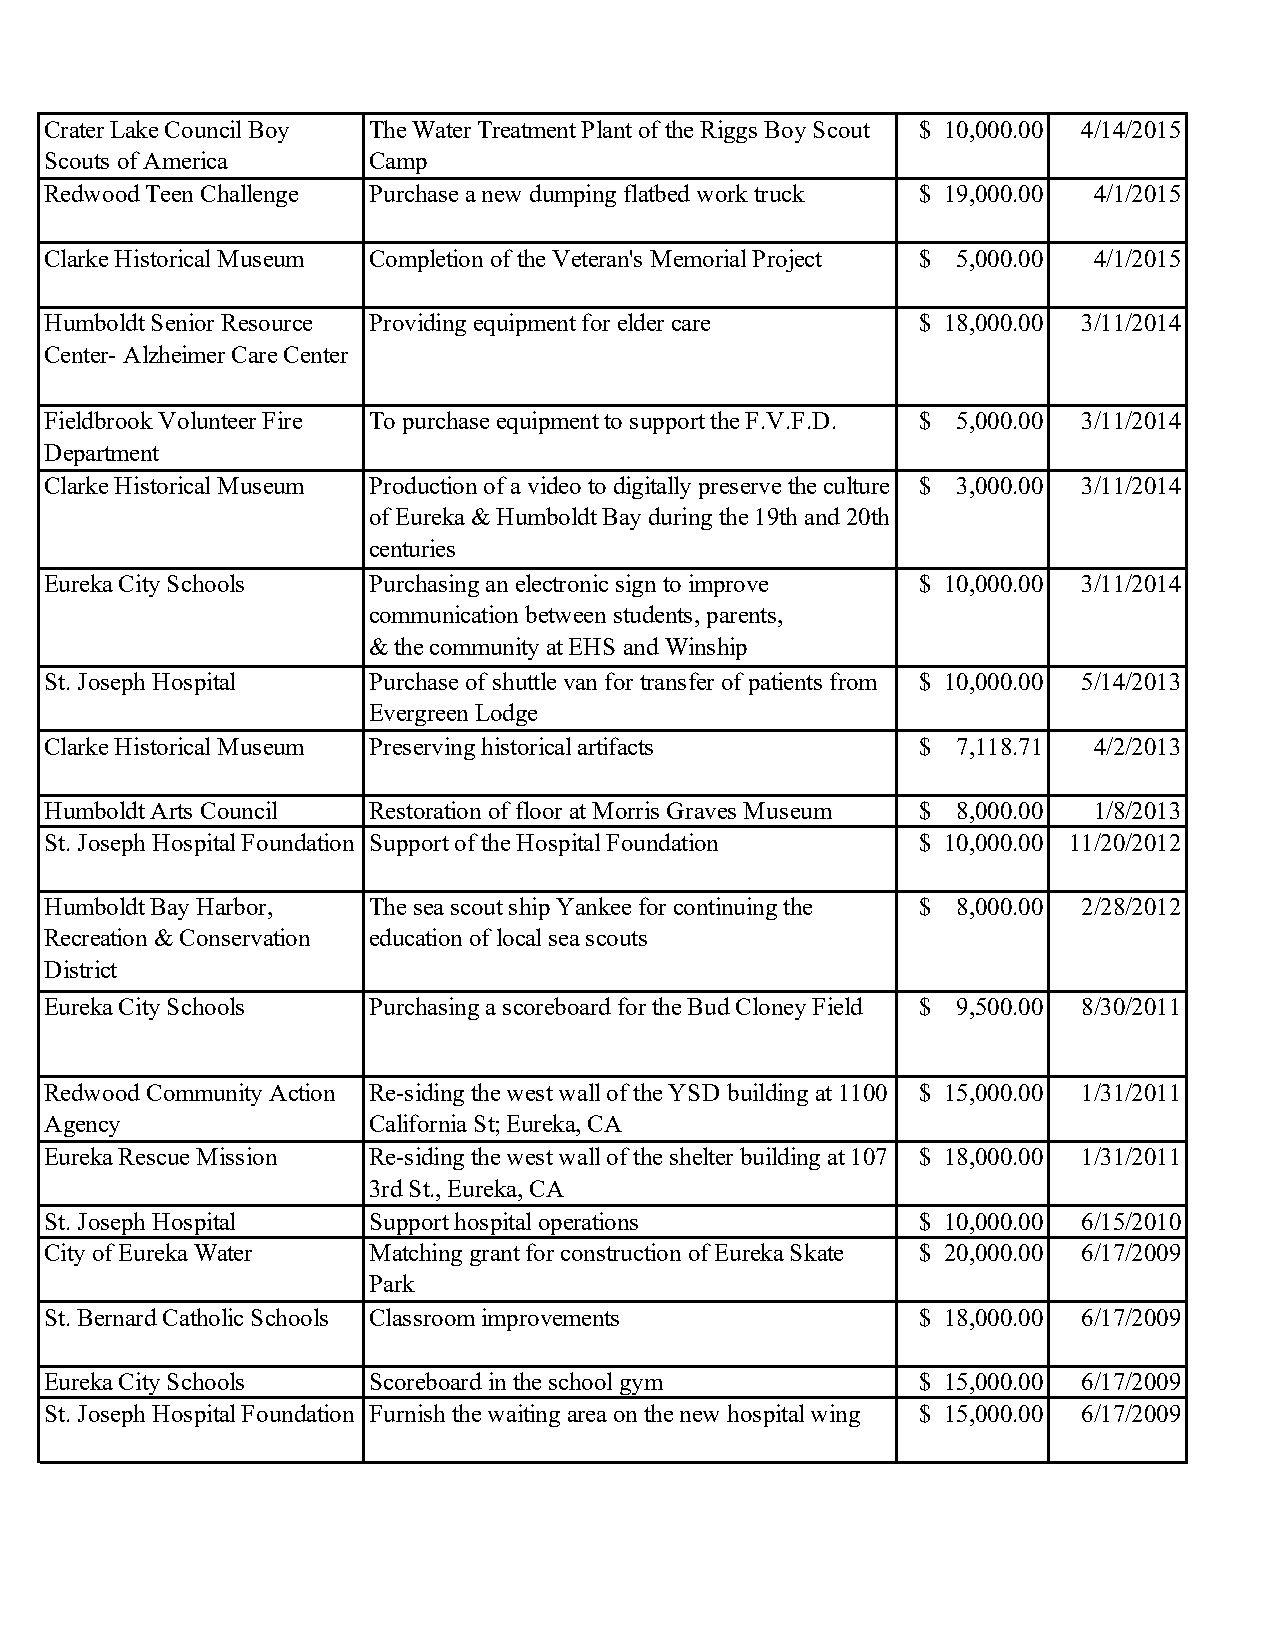
Crater Lake Council Boy The Water Treatment Plant of the Riggs Boy Scout $ 10,000.00 4/14/2015
 Scouts of America    Camp
 Redwood Teen Challenge Purchase a new dumping flatbed work truck $ 19,000.00 4/1/2015
 Clarke Historical Museum Completion of the Veteran's Memorial Project $ 5,000.00 4/1/2015
 Humboldt Senior Resource Providing equipment for elder care $ 18,000.00 3/11/2014
 Center- Alzheimer Care Center
 Fieldbrook Volunteer Fire To purchase equipment to support the F.V.F.D. $ 5,000.00 3/11/2014
 Department
 Clarke Historical Museum Production of a video to digitally preserve the culture $ 3,000.00 3/11/2014
 of Eureka & Humboldt Bay during the 19th and 20th
 centuries
 Eureka City Schools  Purchasing an electronic sign to improve $ 10,000.00 3/11/2014
 communication between students, parents,
 & the community at EHS and Winship
 St. Joseph Hospital  Purchase of shuttle van for transfer of patients from $ 10,000.00 5/14/2013
 Evergreen Lodge
 Clarke Historical Museum Preserving historical artifacts  $ 7,118.71 4/2/2013
 Humboldt Arts Council Restoration of floor at Morris Graves Museum $ 8,000.00 1/8/2013
 St. Joseph Hospital Foundation Support of the Hospital Foundation $ 10,000.00 11/20/2012
 Humboldt Bay Harbor, The sea scout ship Yankee for continuing the $ 8,000.00 2/28/2012
 Recreation & Conservation education of local sea scouts
 District
 Eureka City Schools  Purchasing a scoreboard for the Bud Cloney Field $ 9,500.00 8/30/2011
 Redwood Community Action Re-siding the west wall of the YSD building at 1100 $ 15,000.00 1/31/2011
 Agency               California St; Eureka, CA
 Eureka Rescue Mission Re-siding the west wall of the shelter building at 107 $ 18,000.00 1/31/2011
 3rd St., Eureka, CA
 St. Joseph Hospital  Support hospital operations          $ 10,000.00 6/15/2010
 City of Eureka Water Matching grant for construction of Eureka Skate $ 20,000.00 6/17/2009
 Park
 St. Bernard Catholic Schools Classroom improvements       $ 18,000.00 6/17/2009
 Eureka City Schools  Scoreboard in the school gym         $ 15,000.00 6/17/2009
 St. Joseph Hospital Foundation Furnish the waiting area on the new hospital wing $ 15,000.00 6/17/2009